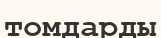
томдарды